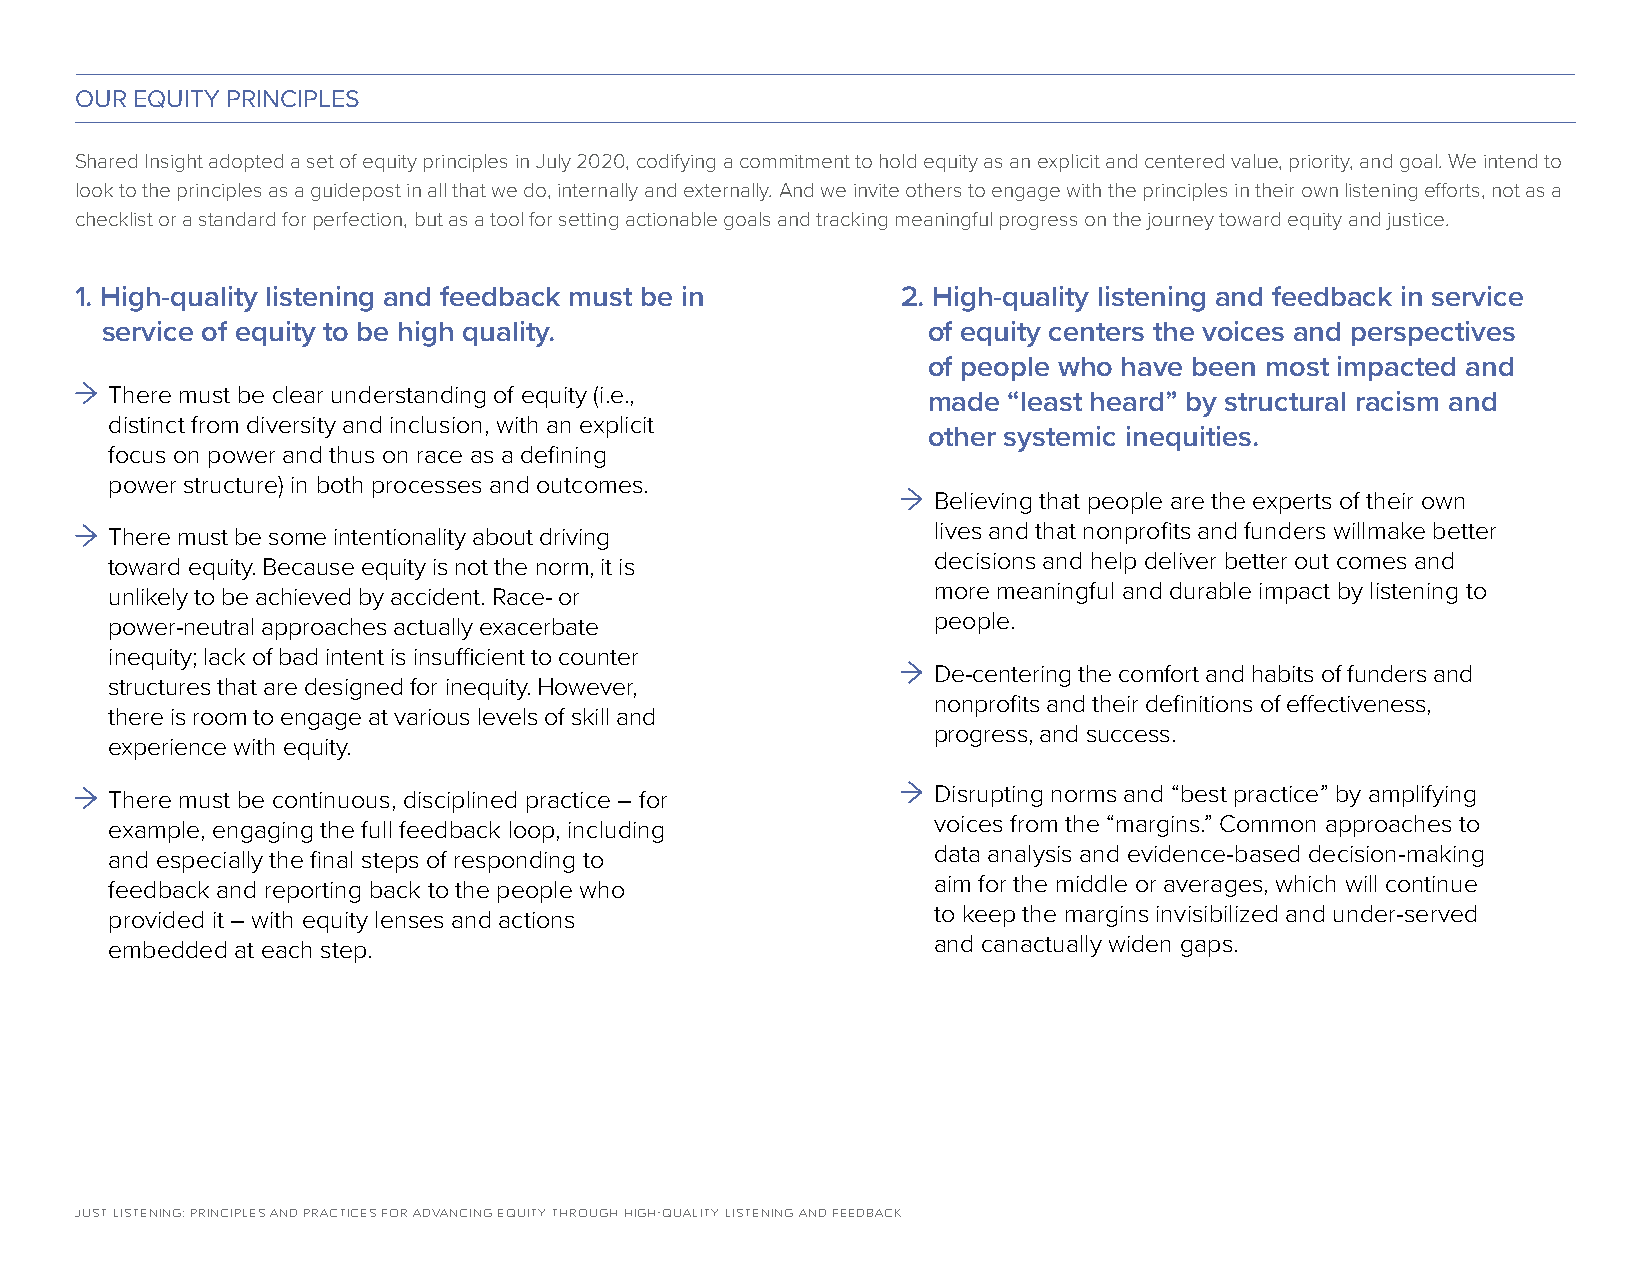
OUR EQUITY PRINCIPLES
 Shared Insight adopted a set of equity principles in July 2020, codifying a commitment to hold equity as an explicit and centered value, priority, and goal. We intend to
 look to the principles as a guidepost in all that we do, internally and externally. And we invite others to engage with the principles in their own listening efforts, not as a
 checklist or a standard for perfection, but as a tool for setting actionable goals and tracking meaningful progress on the journey toward equity and justice.
 1. High-quality listening and feedback must be in      2. High-quality listening and feedback in service
 service of equity to be high quality.                 of equity centers the voices and perspectives
 of people who have been most impacted and
 There must be clear understanding of equity (i.e.,
 made  “least heard” by structural racism and
 distinct from diversity and inclusion, with an explicit
 other systemic inequities.
 focus on power and thus on race as a defining
 power structure) in both processes and outcomes.
 Believing that people are the experts of their own
 lives and that nonprofits and funders willmake better
 There must be some intentionality about driving
 decisions and help deliver better out comes and
 toward equity. Because equity is not the norm, it is
 more meaningful and durable impact by listening to
 unlikely to be achieved by accident. Race- or
 people.
 power-neutral approaches actually exacerbate
 inequity; lack of bad intent is insufficient to counter
 De-centering the comfort and habits of funders and
 structures that are designed for inequity. However,
 nonprofits and their definitions of effectiveness,
 there is room to engage at various levels of skill and
 progress, and success.
 experience with equity.
 There must be continuous, disciplined practice – for   Disrupting norms and “best practice” by amplifying
 example, engaging the full feedback loop, including    voices from the “margins.” Common approaches to
 and especially the final steps of responding to        data analysis and evidence-based decision-making
 feedback and reporting back to the people who          aim for the middle or averages, which will continue
 provided it – with equity lenses and actions           to keep the margins invisibilized and under-served
 embedded at each step.                                 and canactually widen gaps.
 JUST LISTENING: PRINCIPLES AND PRACTICES FOR ADVANCING EQUITY THROUGH HIGH-QUALITY LISTENING AND FEEDBACK